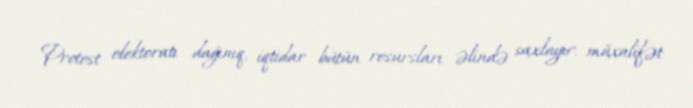
Protest elektoratı dağınıq, iqtidar bütün resursları əlində saxlayır, müxalifət